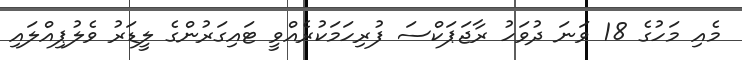
މެއި މަހުގެ 18 ވަނަ ދުވަހު ރާޖަޕަކްސަ ފުރިހަމަކުރެއްވީ ޓައިގަރުންގެ ލީޑަރު ވެލުޕިއްލައި